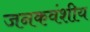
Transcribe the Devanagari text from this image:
जनकवंशीय